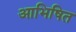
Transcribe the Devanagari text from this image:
आभिषित